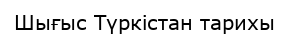
Шығыс Түркістан тарихы